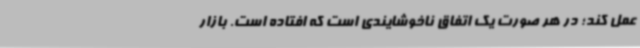
عمل کند؛ در هر صورت یک اتفاق ناخوشایندی است که افتاده است. بازار